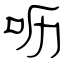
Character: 呖